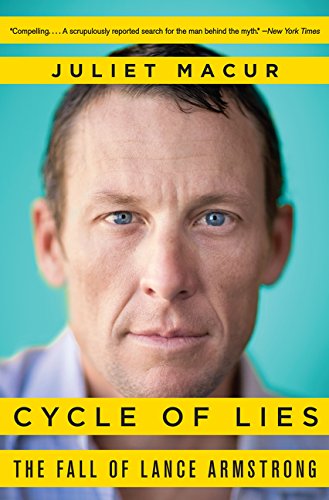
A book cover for Cycle of Lies: The Fall of Lance Armstrong; Juliet Macur; Sports & Outdoors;